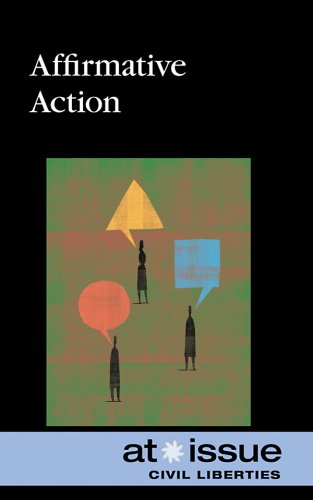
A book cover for Affirmative Action (At Issue Series); Paul Connors; Teen & Young Adult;